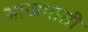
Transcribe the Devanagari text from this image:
आजमाती